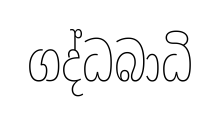
ගද්ධබාධි